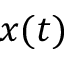
x ( t )